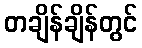
တချိန်ချိန်တွင်